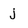
Character: j